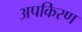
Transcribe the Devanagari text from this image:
अपकिरण